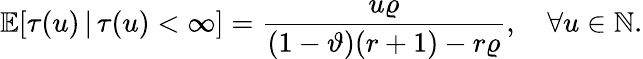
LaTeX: \mathbb{E}[\tau(u)\, |\, \tau(u)<\infty]=\frac{u\varrho}{(1-\vartheta)(r+1)-r\varrho},\quad\forall u\in\mathbb{N}.